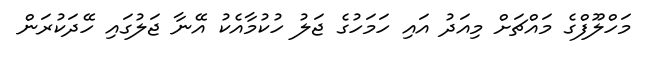
މަހްލޫފްގެ މައްޗަށް މިއަދު އައި ހަމަހުގެ ޖަލު ހުކުމާއެކު އޭނާ ޖަލުގައި ހޭދަކުރަން